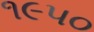
૧૯૫૦